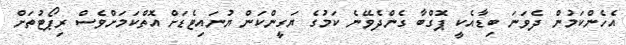
އެހެންކަމުން ދެވަނަ ބިޑާއެކީ ޕޮގްބާ ގެންދެވޭނެ ކަމުގެ ޔަގީންކަން ޔުނައިޓެޑަށް އޮތްކަމަށްވެސް ރިޕޯޓުތަށް